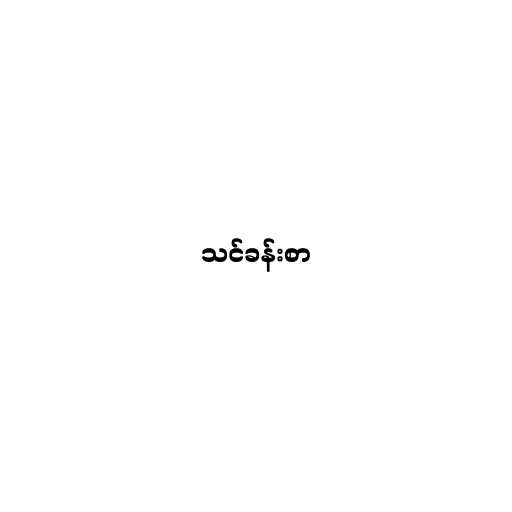
သင်ခန်းစာ